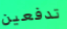
تدفعين